Civil Veterinary Department. United Provinces 1912-22 - 1912-1922
Year: 1912
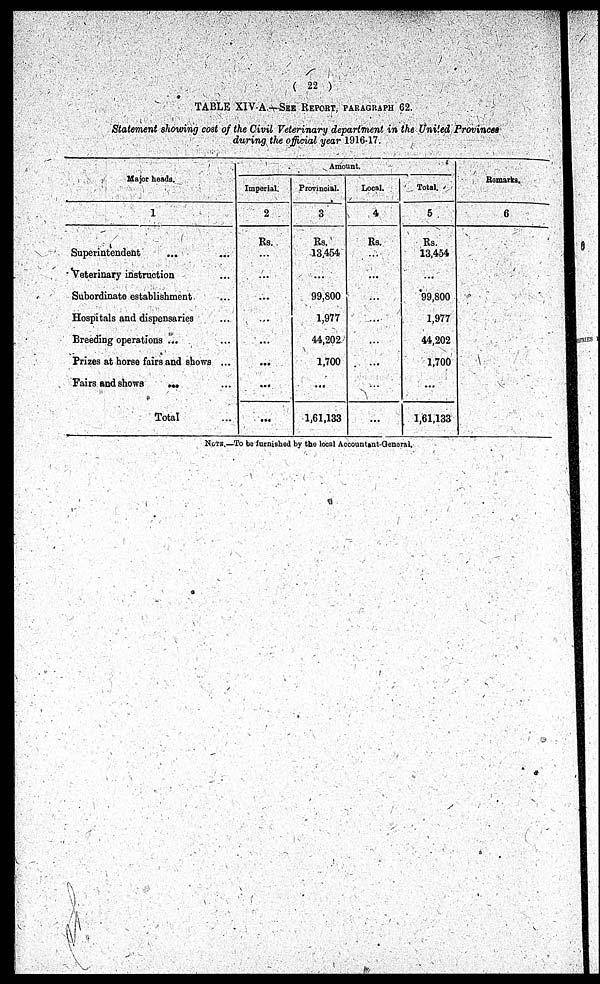
( 22 )
TABLE XIV.A - SEE REPORT, PARAGRAPH 62.
Statement showing cost of the Civil Veterinary department in the United Provinces
during the official year 1916-17.
Major heads.
1
Superintendent ... ...
Veterinary instruction ...
Subordinate establishment ...
Hospitals and dispensaries ...
Breeding operations ... ...
Prizes at horse fairs and shows ...
Fairs and shows ... ...
Total ...
Amount.
Imperial.
2
Rs.
...
...
...
...
...
...
...
...
Provincial.
3
Rs.
13,454
...
99,800
1,977
44,202
1,700
...
1,61,133
Local.
4
Rs.
...
...
...
...
...
...
...
...
Total.
5
Rs.
13,454
...
99,800
1,977
44,202
1,700
...
1,61,133
Remarks.
6
NOTE.—To be furnished by the local Accountant-General.